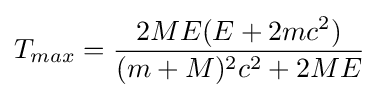
T_{max}={2ME(E+2mc^{2}) \over (m+M)^{2}c^{2}+2ME}